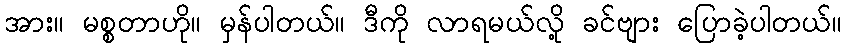
အား။ မစ္စတာဟို။ မှန်ပါတယ်။ ဒီကို လာရမယ်လို့ ခင်ဗျား ပြောခဲ့ပါတယ်။